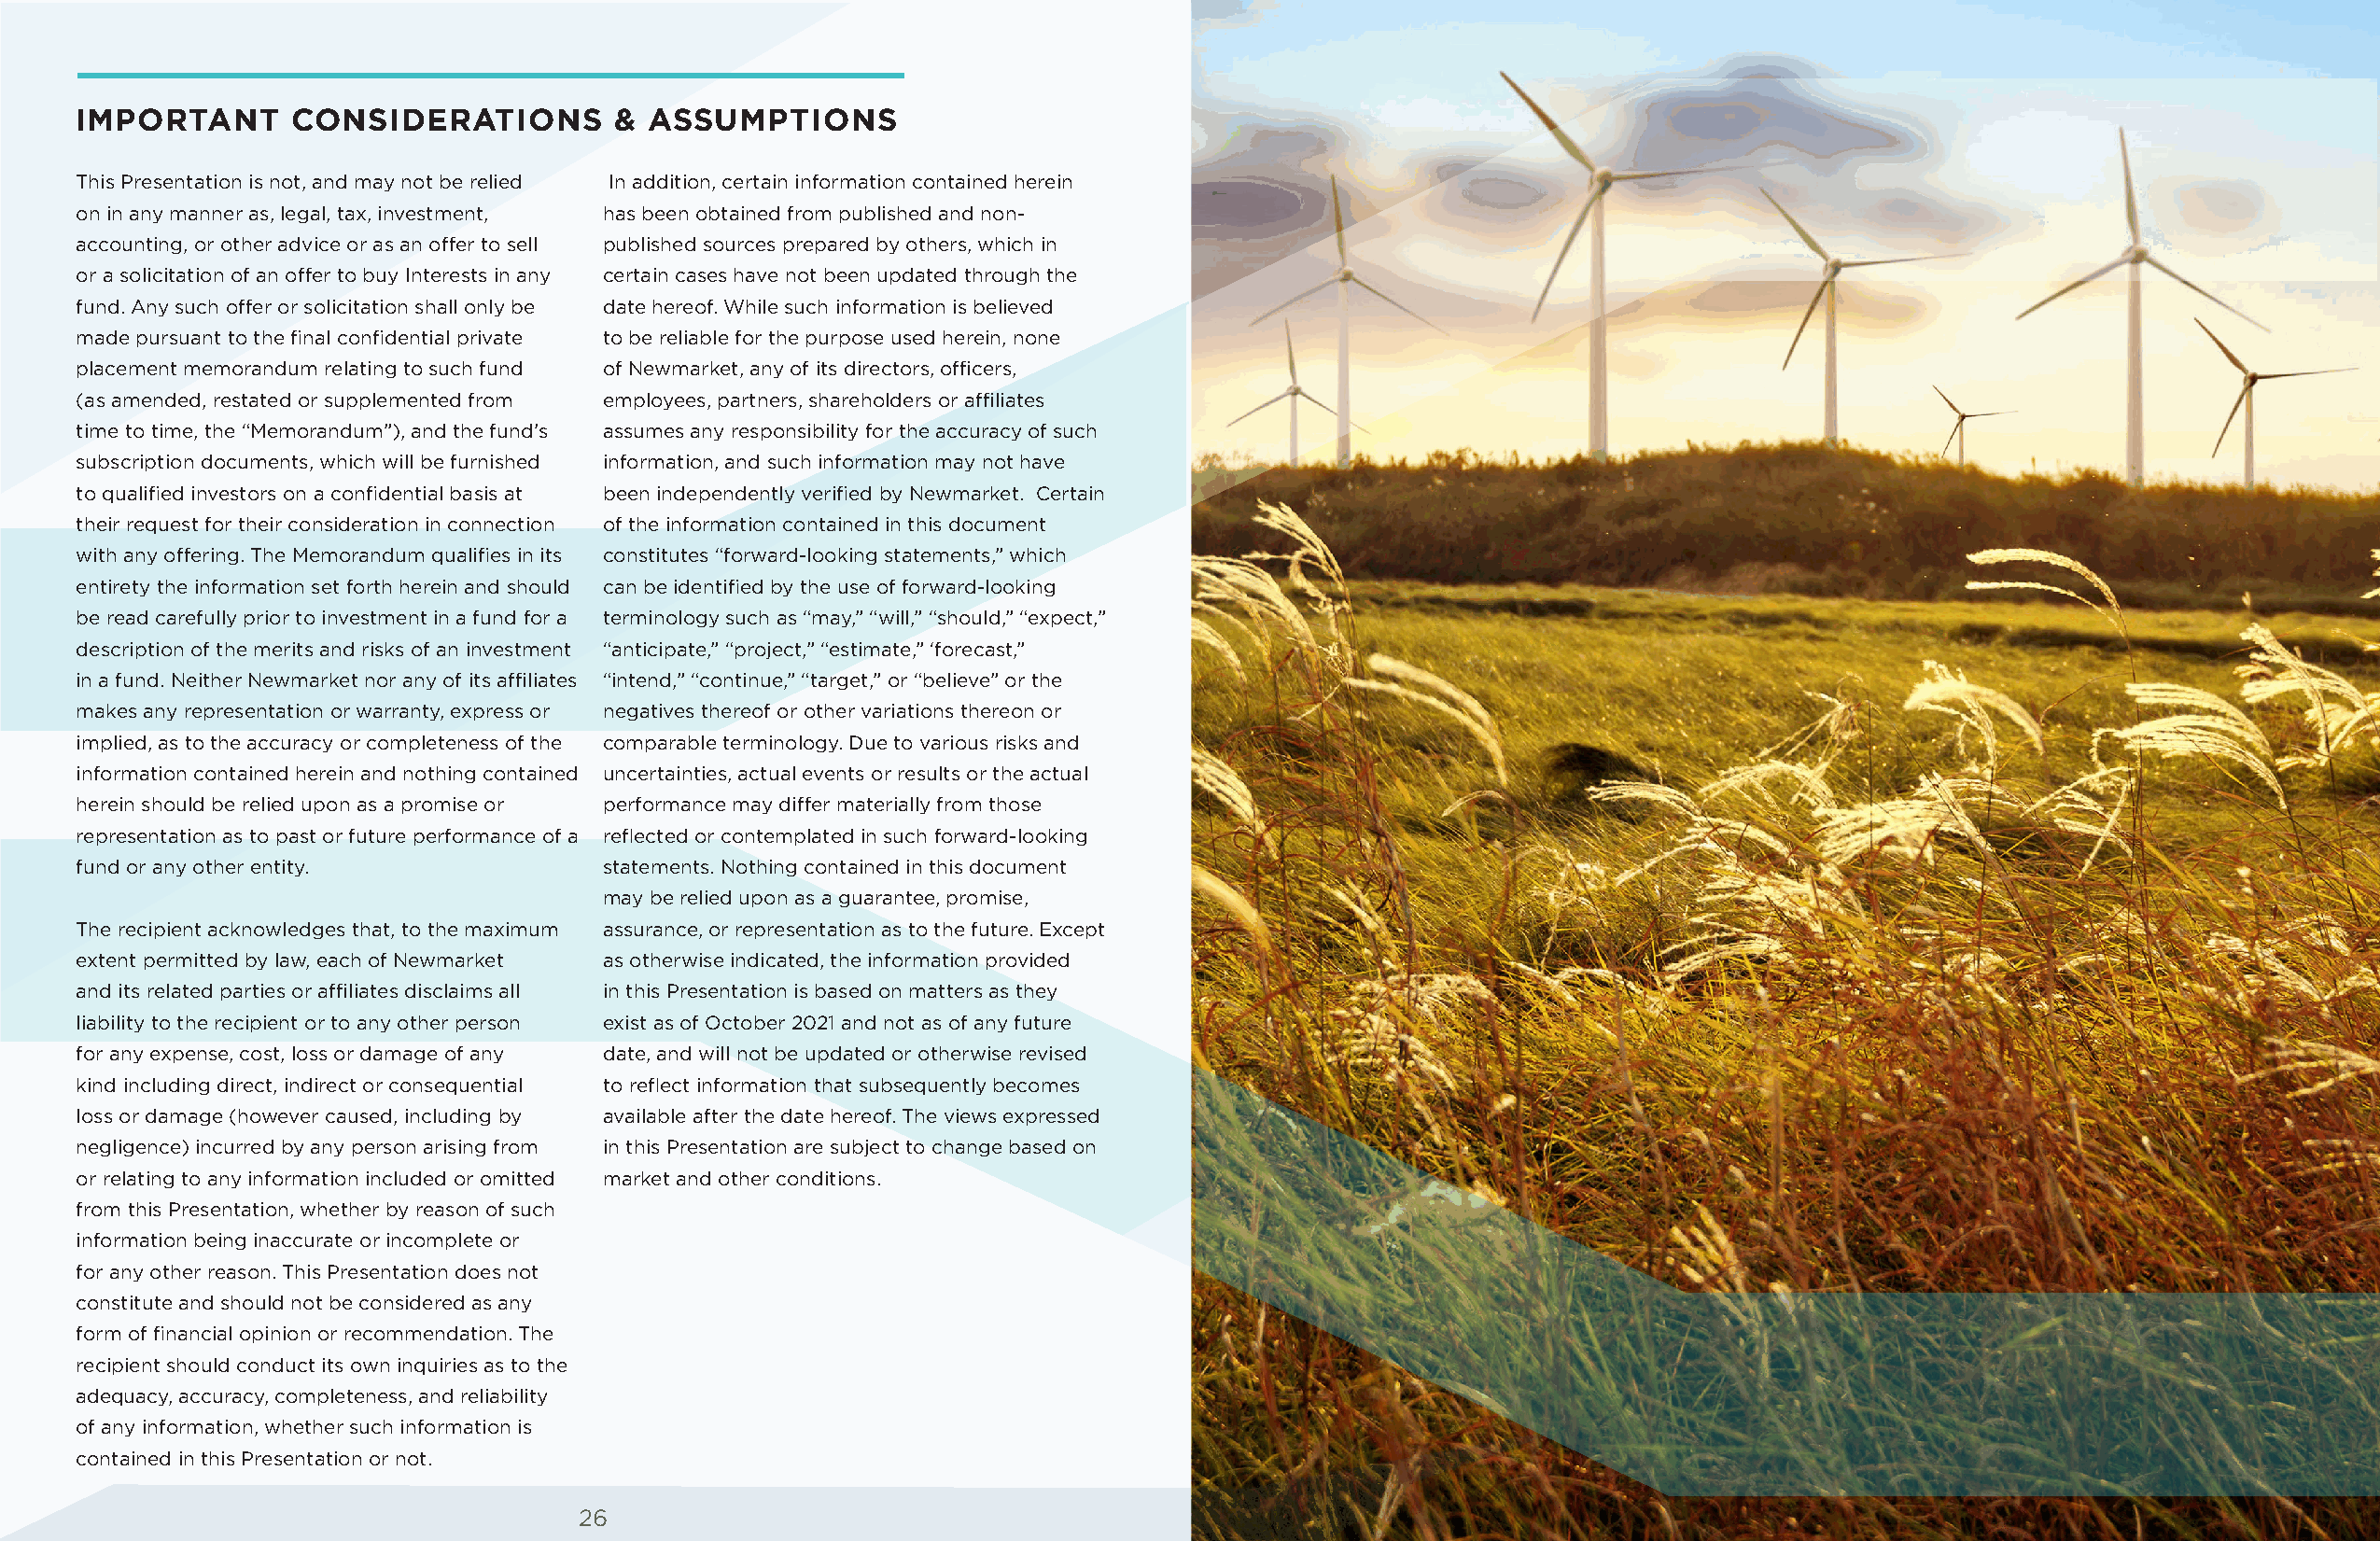
IMPORTANT       CONSIDERATIONS         & ASSUMPTIONS
 This Presentation is not, and may not be relied In addition, certain information contained herein
 on in any manner as, legal, tax, investment, has been obtained from published and non-
 accounting, or other advice or as an offer to sell published sources prepared by others, which in
 or a solicitation of an offer to buy Interests in any certain cases have not been updated through the
 fund. Any such offer or solicitation shall only be date hereof. While such information is believed
 made pursuant to the final confidential private to be reliable for the purpose used herein, none
 placement memorandum relating to such fund of Newmarket, any of its directors, officers,
 (as amended, restated or supplemented from employees, partners, shareholders or affiliates
 time to time, the “Memorandum”), and the fund’s assumes any responsibility for the accuracy of such
 subscription documents, which will be furnished information, and such information may not have
 to qualified investors on a confidential basis at been independently verified by Newmarket. Certain
 their request for their consideration in connection of the information contained in this document
 with any offering. The Memorandum qualifies in its constitutes “forward- looking statements,” which
 entirety the information set forth herein and should can be identified by the use of forward-looking
 be read carefully prior to investment in a fund for a terminology such as “may,” “will,” “should,” “expect,”
 description of the merits and risks of an investment “anticipate,” “project,” “estimate,” ‘forecast,”
 in a fund. Neither Newmarket nor any of its affiliates “intend,” “continue,” “target,” or “believe” or the
 makes any representation or warranty, express or negatives thereof or other variations thereon or
 implied, as to the accuracy or completeness of the comparable terminology. Due to various risks and
 information contained herein and nothing contained uncertainties, actual events or results or the actual
 herein should be relied upon as a promise or performance may differ materially from those
 representation as to past or future performance of a reflected or contemplated in such forward-looking
 fund or any other entity.             statements. Nothing contained in this document
 may be relied upon as a guarantee, promise,
 The recipient acknowledges that, to the maximum assurance, or representation as to the future. Except
 extent permitted by law, each of Newmarket as otherwise indicated, the information provided
 and its related parties or affiliates disclaims all in this Presentation is based on matters as they
 liability to the recipient or to any other person exist as of October 2021 and not as of any future
 for any expense, cost, loss or damage of any date, and will not be updated or otherwise revised
 kind including direct, indirect or consequential to reflect information that subsequently becomes
 loss or damage (however caused, including by available after the date hereof. The views expressed
 negligence) incurred by any person arising from in this Presentation are subject to change based on
 or relating to any information included or omitted market and other conditions.
 from this Presentation, whether by reason of such
 information being inaccurate or incomplete or
 for any other reason. This Presentation does not
 constitute and should not be considered as any
 form of financial opinion or recommendation. The
 recipient should conduct its own inquiries as to the
 adequacy, accuracy, completeness, and reliability
 of any information, whether such information is
 contained in this Presentation or not.
 26                                                                                  27